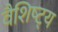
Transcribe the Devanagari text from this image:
वैशिष्ट्‍य